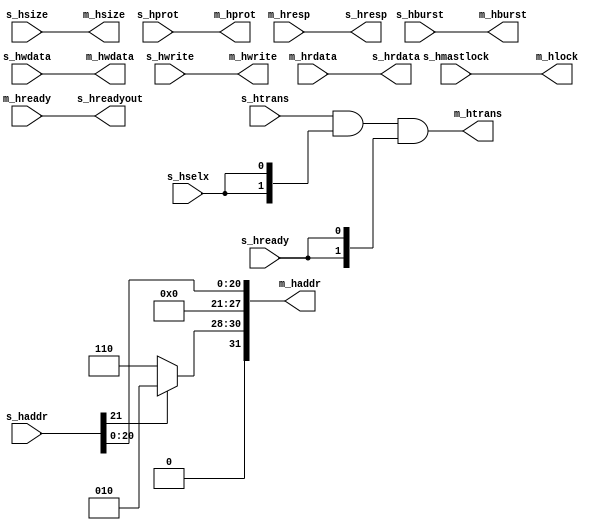
//-----------------------------------------------------------------------------
// Copyright (c) 2017 AsicVault OU
//
// Description : address re-mapping logic for SEC CPU S8 port
//----------------------------------------------------------------------------

module ahb_remap_s8 (
	//AHB Slave Interface - from CoreAHB (slave)
	input		[31:0]	s_haddr		,
	input		[ 1:0]	s_hsize		,
	input		[ 2:0]	s_hburst	,
	input		[ 3:0]	s_hprot		,
	input		[ 1:0]	s_htrans	,
	input		[31:0]	s_hwdata	,
	input				s_hwrite	,
	input				s_hmastlock	,
	input				s_hready	,
	input				s_hselx		,
	output		[31:0] 	s_hrdata	,
	output				s_hresp		,
	output				s_hreadyout	,
	
	//AHB Master Interface - to CoreAHB (master)
	output		[31:0]	m_haddr		,
	output		[ 1:0]	m_hsize		,
	output		[ 2:0]	m_hburst	,
	output		[ 3:0]	m_hprot		,
	output		[ 1:0]	m_htrans	,
	output		[31:0]	m_hwdata	,
	output				m_hlock		,
	output				m_hwrite	,
	input		[31:0] 	m_hrdata	,
	input				m_hresp		,
	input				m_hready	
);

	assign m_haddr[20: 0] = s_haddr[20: 0];
	assign m_haddr[27:21] = 7'd0;
	assign m_haddr[31:28] = s_haddr[21]? 4'd2 : 4'd6;
	
	assign m_hsize     = s_hsize    ;
	assign m_hburst    = s_hburst   ;
	assign m_hprot     = s_hprot    ;
	assign m_htrans    = s_htrans & {s_hselx, s_hselx} & {s_hready, s_hready};
	assign m_hwdata    = s_hwdata   ;
	assign m_hlock     = s_hmastlock;
	assign m_hwrite    = s_hwrite   ;
	assign s_hrdata    = m_hrdata   ;
	assign s_hresp     = m_hresp    ;
	assign s_hreadyout = m_hready   ;

endmodule